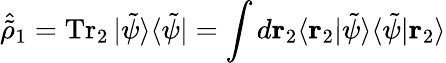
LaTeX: \hat{\tilde{\rho}}_{1}=\operatorname{Tr}_{2}|\tilde{\psi}\rangle\langle\tilde{\psi}|=\int d\mathbf{r}_{2}\langle\mathbf{r}_{2}|\tilde{\psi}\rangle\langle\tilde{\psi}|\mathbf{r}_{2}\rangle